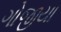
ગોજીયા